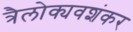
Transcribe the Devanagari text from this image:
त्रैलोक्यवशंकर